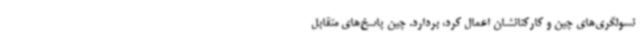
نسولگری‌های چین و کارکنانشان اعمال کرد، بردارد. چین پاسخ‌های متقابل